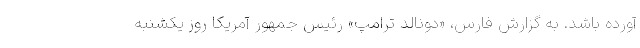
آورده باشد. به گزارش فارس، «دونالد ترامپ» رئیس جمهور آمریکا روز یکشنبه